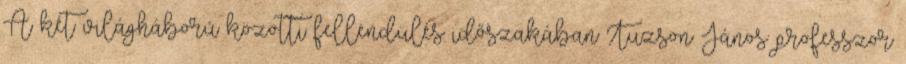
A két világháború közötti fellendülés időszakában Tuzson János professzor